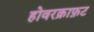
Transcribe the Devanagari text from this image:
होवरक्राफ़ट